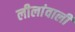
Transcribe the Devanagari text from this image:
लीलांवाली